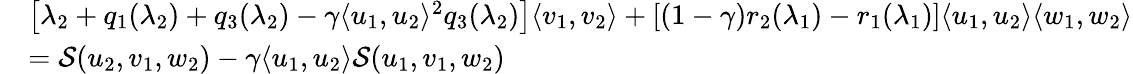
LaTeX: \begin{array}{rl}&{\left[\lambda_{2}+q_{1}(\lambda_{2})+q_{3}(\lambda_{2})-\gamma\langle u_{1},u_{2}\rangle^{2}q_{3}(\lambda_{2})\right]\langle v_{1},v_{2}\rangle+\left[(1-\gamma)r_{2}(\lambda_{1})-r_{1}(\lambda_{1})\right]\langle u_{1},u_{2}\rangle\langle w_{1},w_{2}\rangle}\\ &{={\mathcal{S}}(u_{2},v_{1},w_{2})-\gamma\langle u_{1},u_{2}\rangle{\mathcal{S}}(u_{1},v_{1},w_{2})}\end{array}